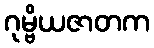
ဂုမ္ဗိယဇာတက